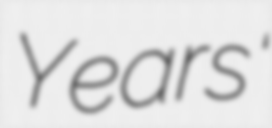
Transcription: Years'